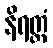
နိရတ္တံ